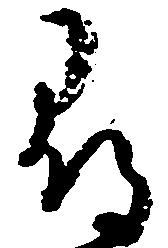
尋